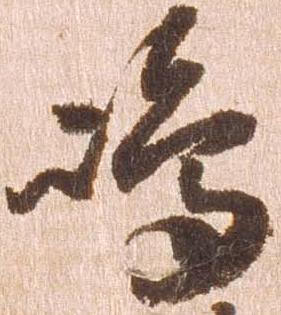
嶋